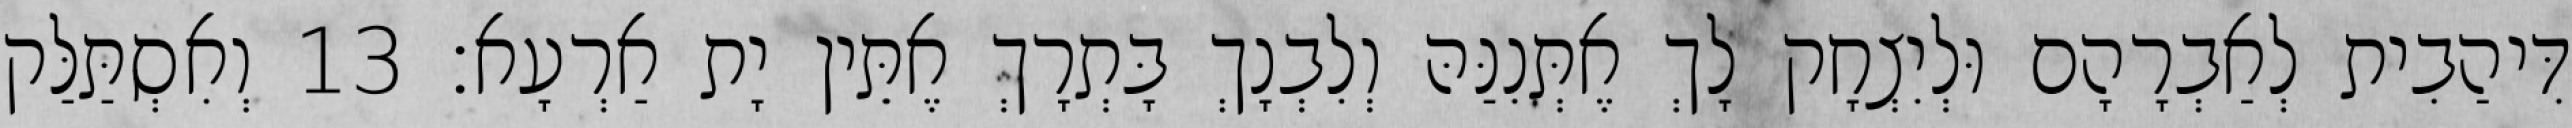
דִּיהַבִית לְאַבְרָהָם וּלְיִצְחָק לָךְ אֶתְּנִנַּהּ וְלִבְנָךְ בָּתְרָךְ אֶתֵּין יָת אַרְעָא׃ 13 וְאִסְתַּלַּק